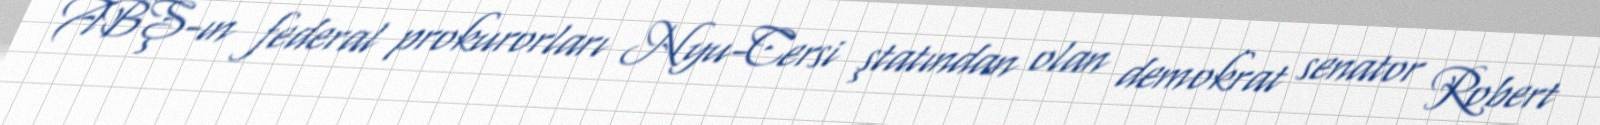
ABŞ-ın federal prokurorları Nyu-Cersi ştatından olan demokrat senator Robert